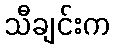
သီချင်းက